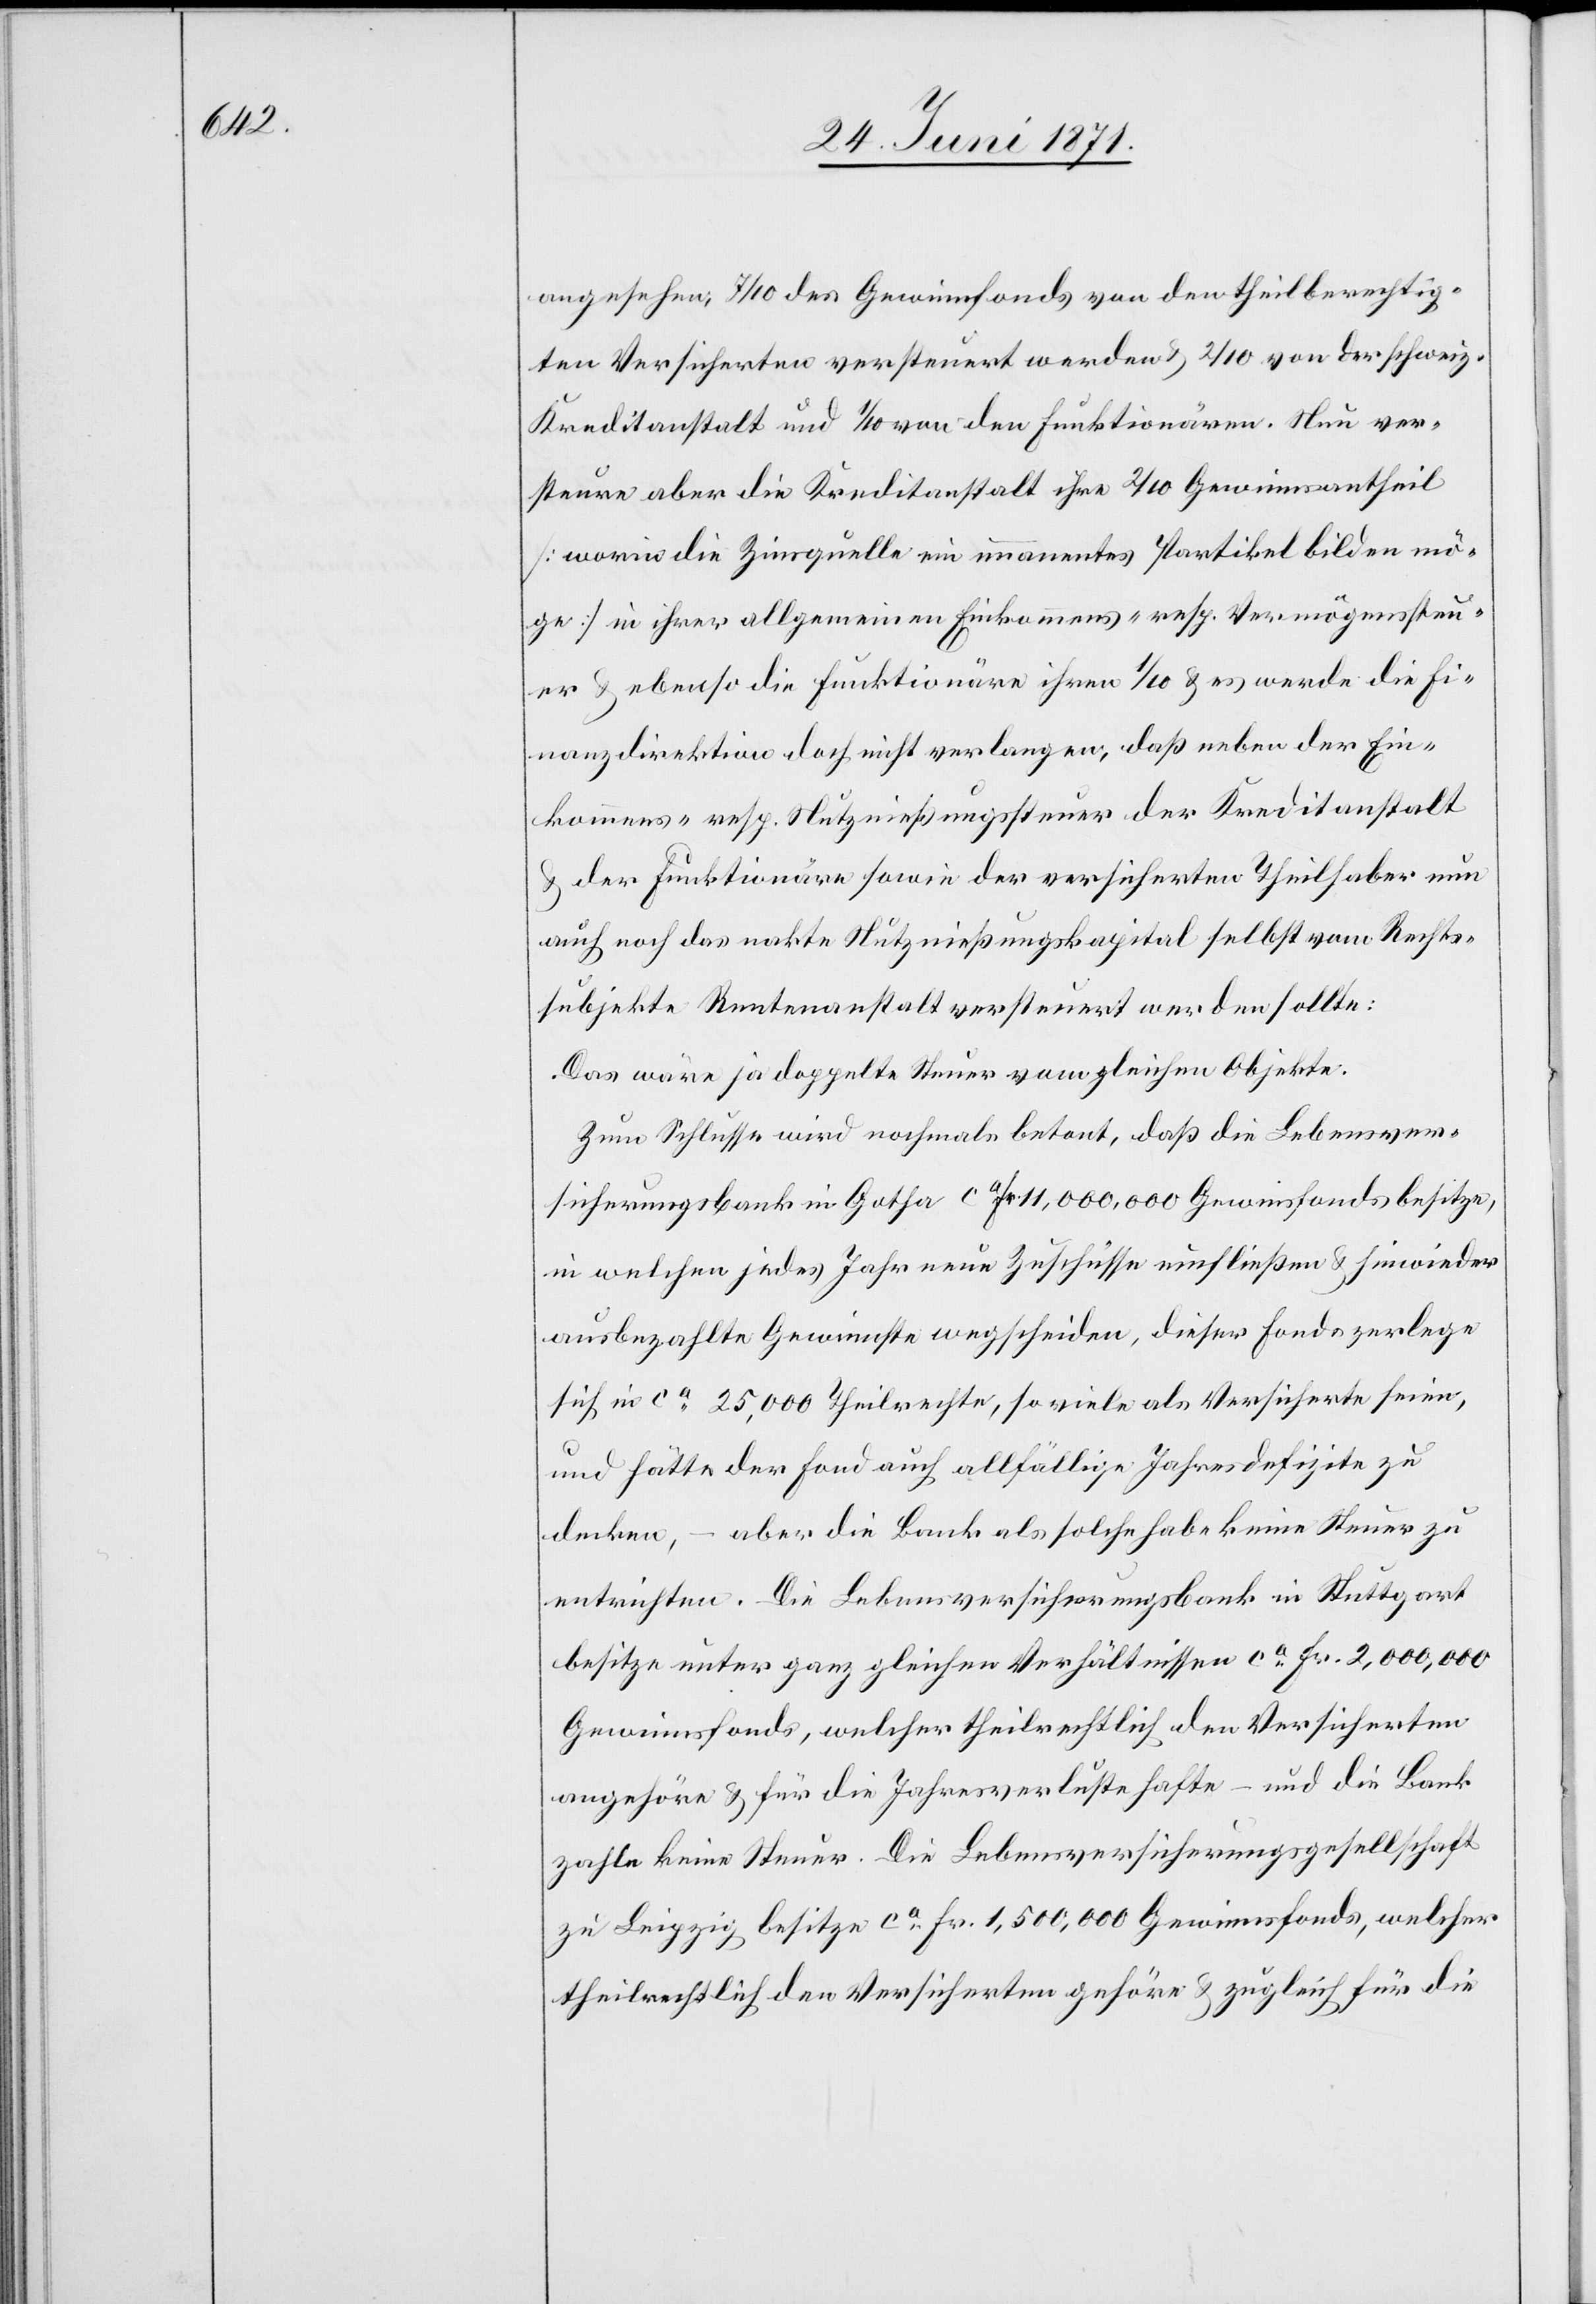
angesehen, 7/10 der Gewinnfonds von den theilberechtig¬
ten Versicherten versteuert werden u. 2/10 von der schweiz.
Kreditanstalt und 1/10 von den Funktionären. Nun ver¬
steure aber die Kreditanstalt ihre 2/10 Gewinnsantheil
[worin die Zinsquelle ein immanentes Partikel bilden mö¬
ge] in ihrer allgemeinen Einkommens- resp. Vermögenssteu¬
er u. ebenso die Funktionäre ihren 1/10 u. es werde die Fi¬
nanzdirektion doch nicht verlangen, daß neben der Ein¬
kommens- resp. Nutznießungssteuer der Kreditanstalt
u. der Funktionäre sowie der versicherten Theilhaber nun
auch noch das nakte Nutznießungskapital selbst vom Rechts¬
subjekte Rentenanstalt versteuert werden sollte:
Das wäre ja doppelte Steuer vom gleichen Objekte.
Zum Schlusse wird nochmals betont, daß die Lebensver¬
sicherungsbank in Gotha ca. Fr. 11,000,000 Gewinnfonds besitze,
in welchen jedes Jahr neue Zuschüsse einfließen u. hiewieder
ausbezahlte Gewinnste wegscheiden, dieser Fonds zerlege
sich in ca. 25,000 Theilrechte, so viele als Versicherte seien,
und hätte der Fond auch allfällige Jahresdefizite zu
decken, – aber die Bank als solche habe keine Steuer zu
entrichten. Die Lebensversicherungsbank in Stuttgart
besitze unter ganz gleichen Verhältnissen ca. Fr. 2,000,000
Gewinnsfonds, welcher theilrechtlich den Versicherten
angehöre u. für die Jahresverluste hafte – und die Bank
zahle keine Steuer. Die Lebensversicherungsgesellschaft
zu Leipzig besitze ca. Fr. 1,500,000 Gewinnsfonds, welcher
theilrechtlich den Versicherten gehöre u. zugleich für die